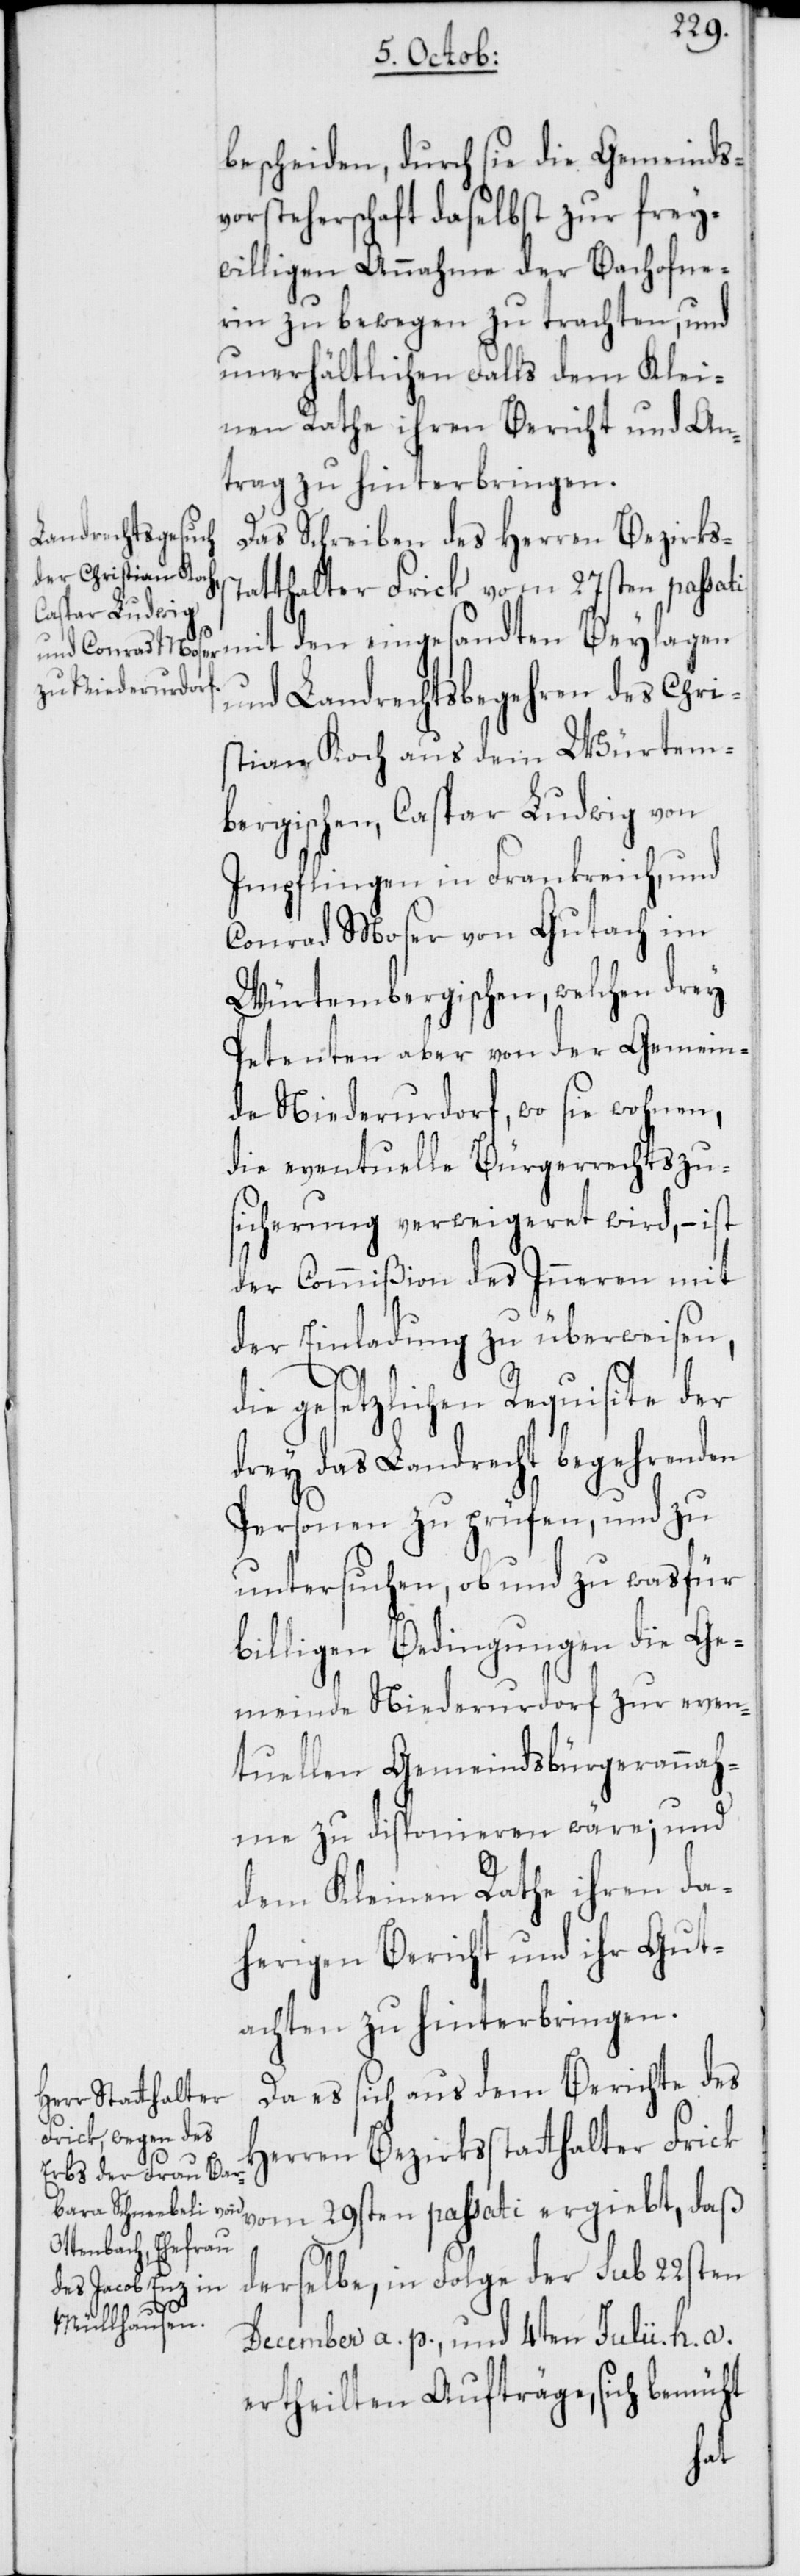
s¬

bescheiden, durch sie die Gemeinds¬
vorsteherschaft daselbst zur frey¬
willigen Annahme der Bachofne¬
rin zu bewegen zu trachten, und
unerhältlichen Falls dem Klei¬
nen Rathe ihren Bericht und An¬
trag zu hinterbringen.
Das Schreiben des Herren Bezirks¬
tatthalter Frick vom 27sten passati
mit den eingesandten Beylagen
und Landrechtsbegehren des Chri¬
stian Koch aus dem Würtem¬
bergischen, Caspar Ludwig von
Impflingen in Frankreich, und
Conrad Moser von Gutach im
Würtembergischen, welchen drey
Petenten aber von der Gemein¬
de Niederurdorf, wo sie wohnen,
die eventuelle Bürgerrechtszu¬
sicherung verweigeret wird, – ist
der Commißion des Inneren mit
der Einladung zu überweisen,
die gesetzlichen Requisite der
drey das Landrecht begehrenden
Personen zu prüfen, und zu
untersuchen, ob und zu was für
billigen Bedingungen die Ge¬
meinde Niederurdorf zur even¬
tuellen Gemeindsbürgerannah¬
me zu disponieren wäre; und
dem Kleinen Rathe ihren da¬
herigen Bericht und ihr Gut¬
achten zu hinterbringen.
Da es sich aus dem Berichte des
Herren Bezirksstatthalter Frick
vom 29sten passati ergiebt, daß
derselbe, in Folge der sub 22sten
December a. p., und 4ten Julii h. a.
ertheilten Aufträge, sich bemüht